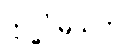
ဣဒ္ဓိဝိဓသုတ်။